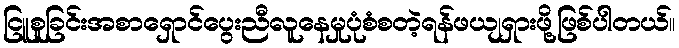
ငြူစူခြင်းအစာရှောင်ပွေးညီလူနေမှုပုံစံစတဲ့ရန်ဖယျရှားဖို့ဖြစ်ပါတယ်။